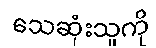
သေဆုံးသူကို